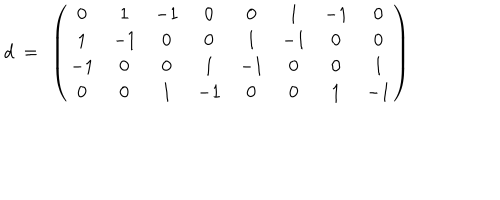
LaTeX: d ~ = ~ \left( \begin{matrix} { { 0 } } & { { 1 } } & { { - 1 } } & { { 0 } } & { { 0 } } & { { 1 } } & { { - 1 } } & { { 0 } } \\ { { 1 } } & { { - 1 } } & { { 0 } } & { { 0 } } & { { 1 } } & { { - 1 } } & { { 0 } } & { { 0 } } \\ { { - 1 } } & { { 0 } } & { { 0 } } & { { 1 } } & { { - 1 } } & { { 0 } } & { { 0 } } & { { 1 } } \\ { { 0 } } & { { 0 } } & { { 1 } } & { { - 1 } } & { { 0 } } & { { 0 } } & { { 1 } } & { { - 1 } } \\ \end{matrix} \right)